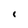
Character: 1